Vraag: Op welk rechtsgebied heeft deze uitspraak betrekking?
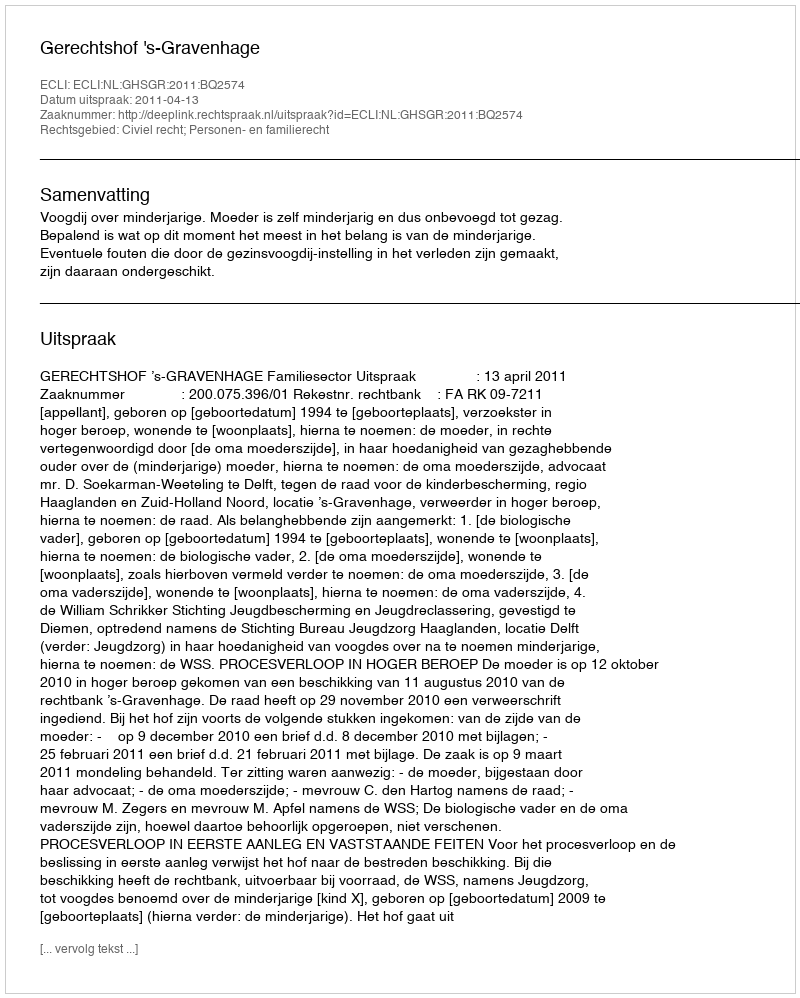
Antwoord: Civiel recht; Personen- en familierecht